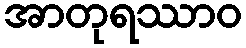
အာတုရဿာဝ